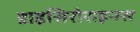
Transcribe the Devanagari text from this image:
डाइसिरोराइनस